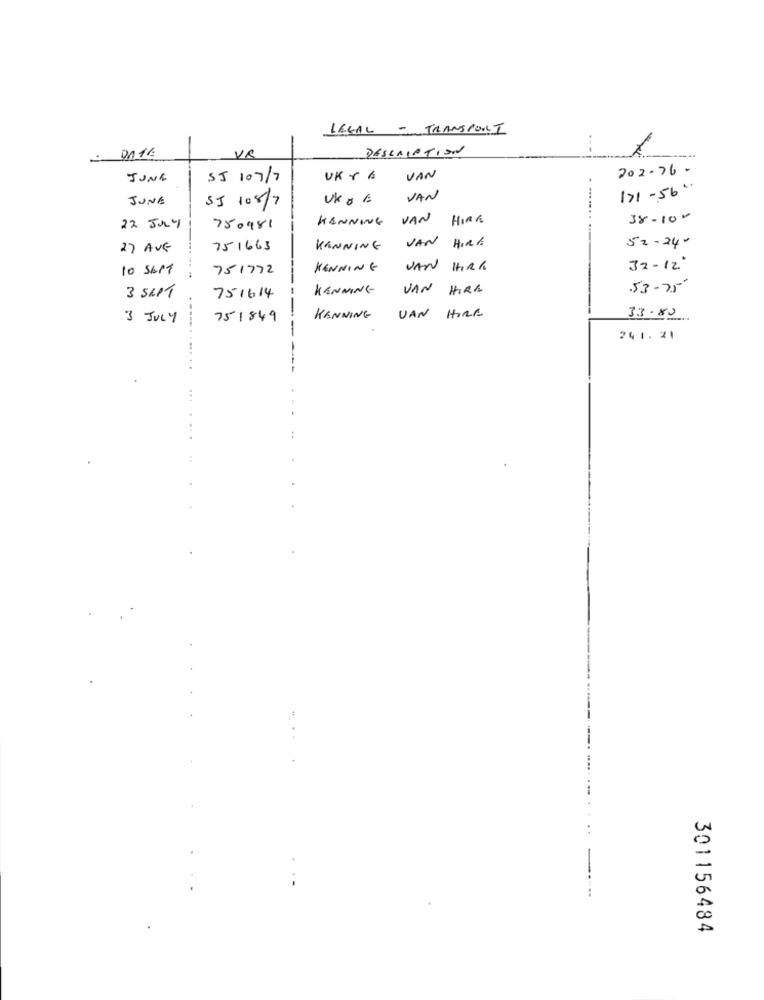
LEGAL - TRANSPORT
DATE
VR
DESCRIPTION
202.76-
JUNE
55 /07/7
UK r&
VAN
171-56"
JUNE
SJ /08/7
UK0 6
VAN
KANNING VAN HIRE
38-10 -
22 JunY
750981
27 AUG
751663
KANNING VAN HIRE
52.24-
10 56PT
751772
KENNING
VAN
HAR
32- 12'
KENNING
VAN HIRE
53-75'
3 SEPT
751614
VAN HIRE
3 JULY
751849
KANNING
33.80
-
---. ..
241.21
. ..
301156484